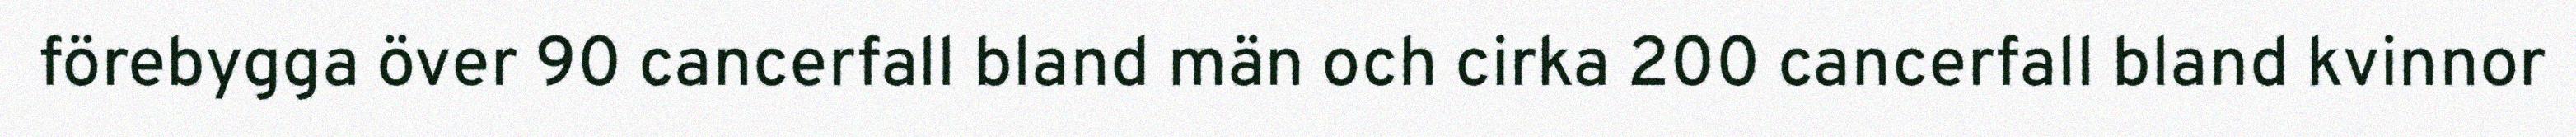
förebygga över 90 cancerfall bland män och cirka 200 cancerfall bland kvinnor